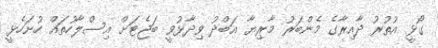
ގޯޅީ އުތުރު ދާއިރާގެ މެންބަރު މާރިޔާ އަބްދު ވިދާޅުވީ ބަޖެޓަށް އިސްލާހުތައް ހުށަހެޅީ